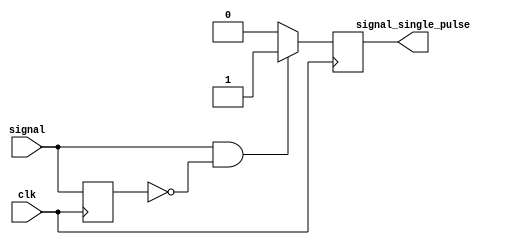
module onepulse (
	output reg signal_single_pulse,
	input wire signal,
	input wire clk
	);
	
	reg signal_delay;

	always @(posedge clk) begin
		if (signal == 1'b1 & signal_delay == 1'b0)
		  signal_single_pulse <= 1'b1;
		else
		  signal_single_pulse <= 1'b0;

		signal_delay <= signal;
	end
endmodule